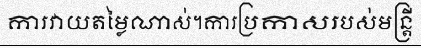
ការវាយតម្លៃណាស់។ការប្រកាសរបស់មន្ត្រី